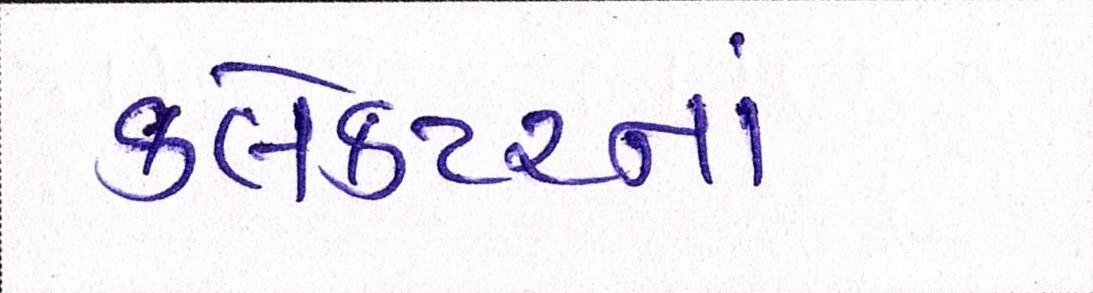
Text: કલેકટરનાં